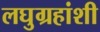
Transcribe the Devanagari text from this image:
लघुग्रहांशी